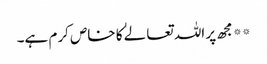
**مجھ پر اللہ تعالےٰ کا خاص کرم ہے۔